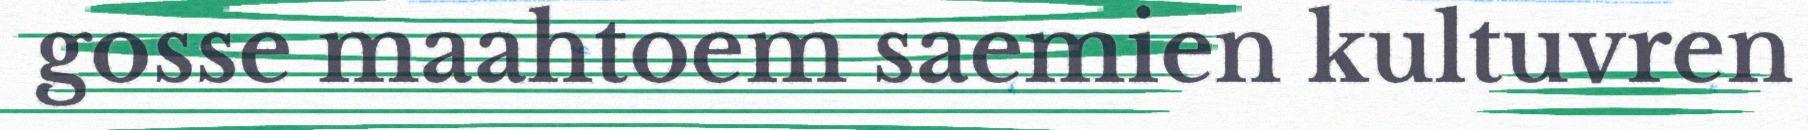
gosse maahtoem saemien kultuvren